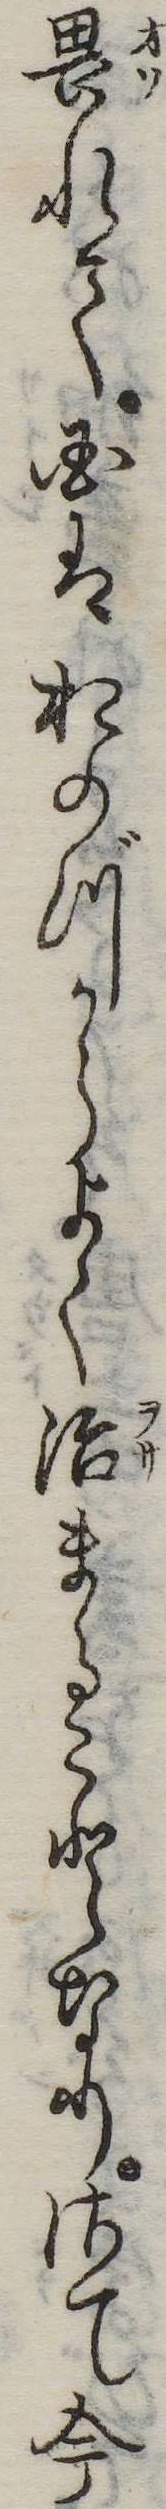
畏れて国はおのづからよく治まることなりさて今